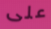
على